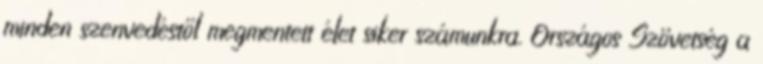
minden szenvedéstől megmentett élet siker számunkra. Országos Szövetség a